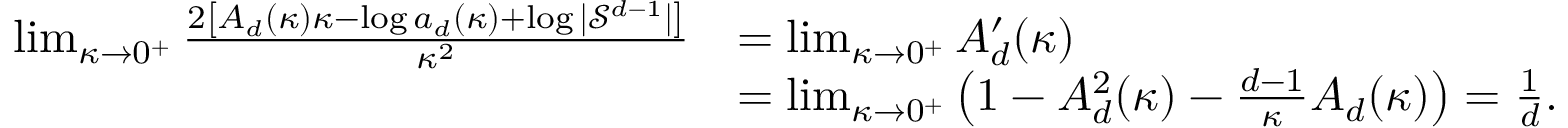
\begin{array} { r l } { \operatorname* { l i m } _ { \kappa \rightarrow 0 ^ { + } } \frac { 2 \left[ A _ { d } ( \kappa ) \kappa - \log a _ { d } ( \kappa ) + \log | \mathcal { S } ^ { d - 1 } | \right] } { \kappa ^ { 2 } } } & { = \operatorname* { l i m } _ { \kappa \rightarrow 0 ^ { + } } A _ { d } ^ { \prime } ( \kappa ) } \\ & { = \operatorname* { l i m } _ { \kappa \rightarrow 0 ^ { + } } \left( 1 - A _ { d } ^ { 2 } ( \kappa ) - \frac { d - 1 } { \kappa } A _ { d } ( \kappa ) \right) = \frac { 1 } { d } . } \end{array}